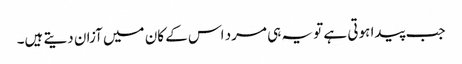
جب پیدا ہوتی ہے تو یہ ہی مرد اس کے کان میں آزان دیتے ہیں۔